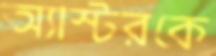
অ্যাস্টরকে